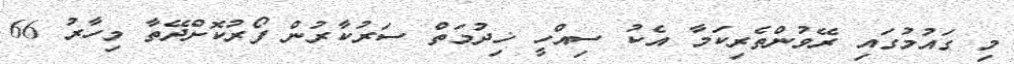
މި ގައުމުގައި ރޭވުންތެރިކަމާ އެކު ސިއްހީ ޚިދުމަަތް ސަރުކާރުން ފޯރުކޮށްދޭތާ މިހާރު 66